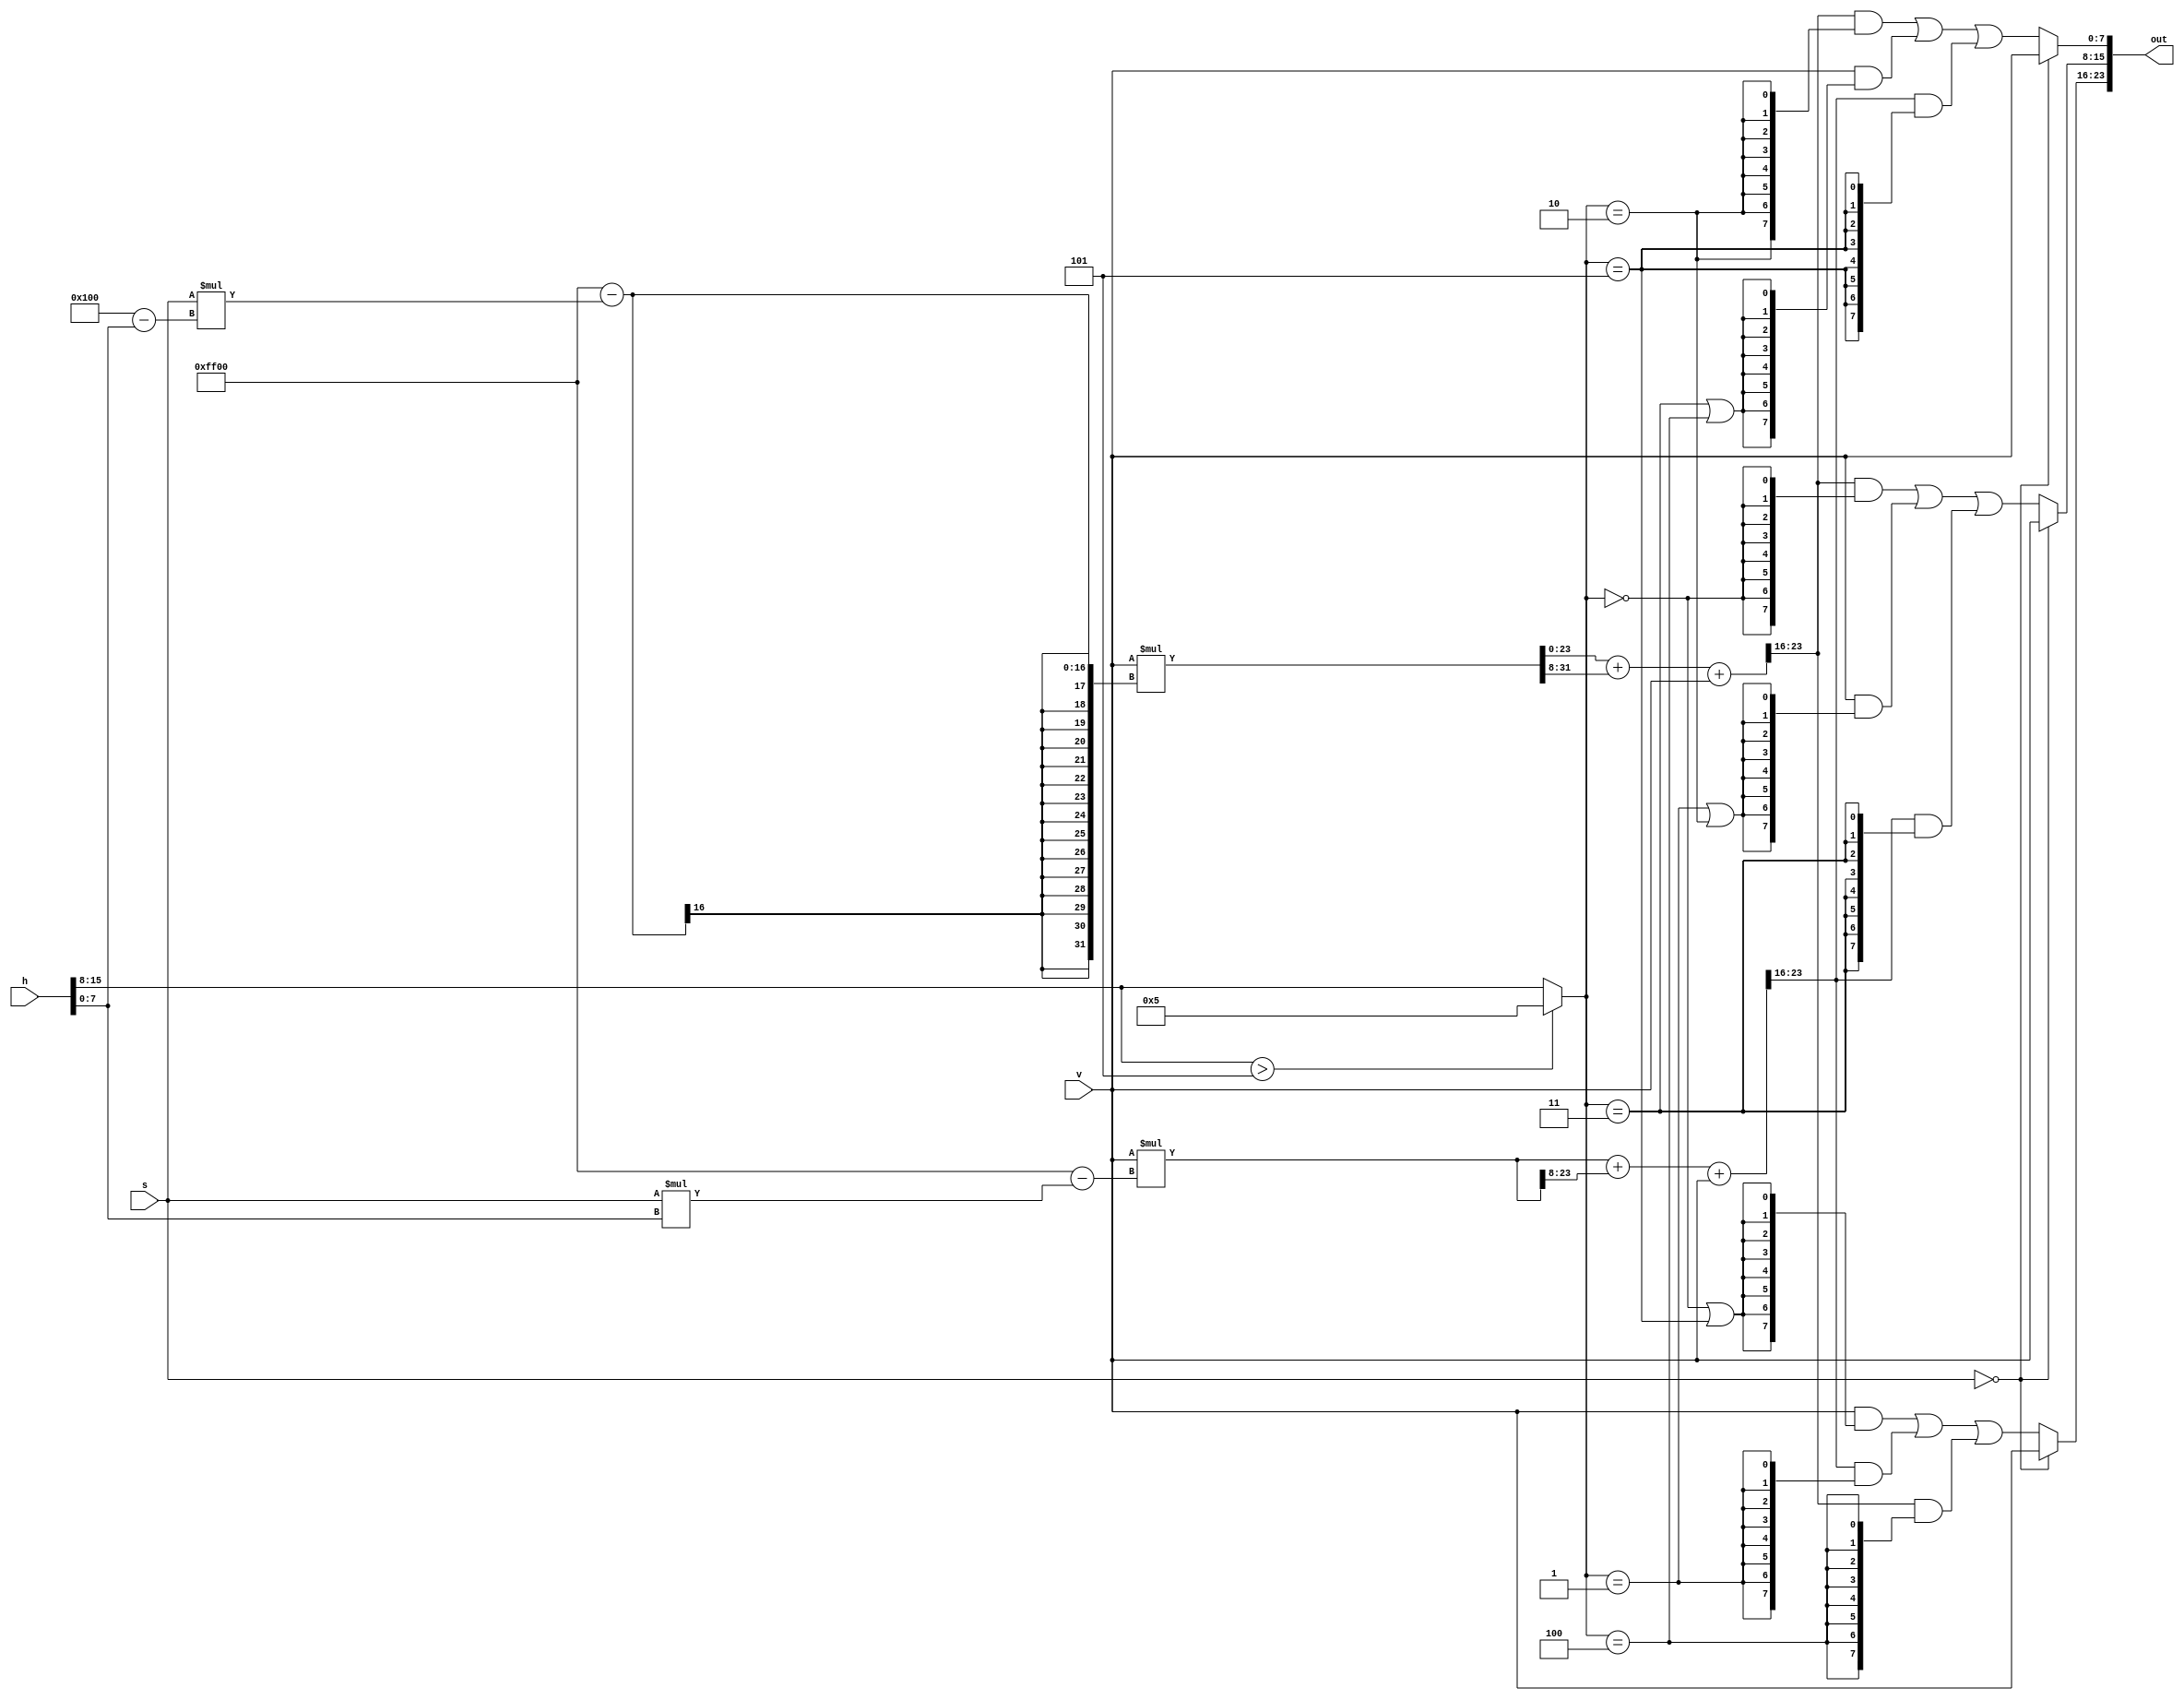
module __hsv2rgb__hsv2rgb(
  input wire [15:0] h,
  input wire [7:0] s,
  input wire [7:0] v,
  output wire [23:0] out
);
  // lint_off MULTIPLY
  function automatic [15:0] umul16b_8b_x_8b (input reg [7:0] lhs, input reg [7:0] rhs);
    begin
      umul16b_8b_x_8b = lhs * rhs;
    end
  endfunction
  // lint_on MULTIPLY
  // lint_off MULTIPLY
  function automatic [15:0] umul16b_8b_x_9b (input reg [7:0] lhs, input reg [8:0] rhs);
    begin
      umul16b_8b_x_9b = lhs * rhs;
    end
  endfunction
  // lint_on MULTIPLY
  // lint_off MULTIPLY
  function automatic [23:0] umul24b_8b_x_16b (input reg [7:0] lhs, input reg [15:0] rhs);
    begin
      umul24b_8b_x_16b = lhs * rhs;
    end
  endfunction
  // lint_on MULTIPLY
  // lint_off MULTIPLY
  function automatic [31:0] umul32b_8b_x_32b (input reg [7:0] lhs, input reg [31:0] rhs);
    begin
      umul32b_8b_x_32b = lhs * rhs;
    end
  endfunction
  // lint_on MULTIPLY
  wire [8:0] nh_fraction__1;
  wire [15:0] umul_502;
  wire [15:0] umul_504;
  wire [15:0] sub_505;
  wire [23:0] umul_508;
  wire [31:0] sub_509;
  wire [7:0] sextant__2;
  wire [31:0] u__1;
  wire [7:0] c__1;
  wire [7:0] sextant__3;
  wire [7:0] c__2;
  wire [24:0] add_526;
  wire eq_534;
  wire eq_535;
  wire [25:0] u__8;
  wire [31:0] u__2;
  wire eq_540;
  wire eq_541;
  wire eq_542;
  wire eq_543;
  wire [25:0] add_545;
  wire [31:0] u__3;
  wire [7:0] c__3;
  wire [2:0] concat_550;
  wire [7:0] d;
  wire [7:0] u__7;
  wire [2:0] concat_553;
  wire [2:0] concat_554;
  wire eq_555;
  assign nh_fraction__1 = 9'h100 - {1'h0, h[7:0]};
  assign umul_502 = umul16b_8b_x_8b(s, h[7:0]);
  assign umul_504 = umul16b_8b_x_9b(s, nh_fraction__1);
  assign sub_505 = 16'hff00 - umul_502;
  assign umul_508 = umul24b_8b_x_16b(v, sub_505);
  assign sub_509 = 32'h0000_ff00 - {16'h0000, umul_504};
  assign sextant__2 = h[15:8];
  assign u__1 = umul32b_8b_x_32b(v, sub_509);
  assign c__1 = 8'h00;
  assign sextant__3 = sextant__2 > 8'h05 ? 8'h05 : sextant__2;
  assign c__2 = 8'h00;
  assign add_526 = {1'h0, umul_508} + {9'h000, umul_508[23:8]};
  assign eq_534 = sextant__3 == c__2;
  assign eq_535 = sextant__3 == 8'h05;
  assign u__8 = {1'h0, add_526};
  assign u__2 = u__1 + {c__1, u__1[31:8]};
  assign eq_540 = sextant__3 == 8'h01;
  assign eq_541 = sextant__3 == 8'h02;
  assign eq_542 = sextant__3 == 8'h03;
  assign eq_543 = sextant__3 == 8'h04;
  assign add_545 = u__8 + {18'h0_0000, v};
  assign u__3 = u__2 + {24'h00_0000, v};
  assign c__3 = 8'h00;
  assign concat_550 = {eq_543, eq_540, eq_534 | eq_535};
  assign d = add_545[23:16];
  assign u__7 = u__3[23:16];
  assign concat_553 = {eq_542, eq_540 | eq_541, eq_534};
  assign concat_554 = {eq_535, eq_542 | eq_543, eq_541};
  assign eq_555 = s == c__3;
  assign out = {eq_555 ? v : v & {8{concat_550[0]}} | d & {8{concat_550[1]}} | u__7 & {8{concat_550[2]}}, eq_555 ? v : u__7 & {8{concat_553[0]}} | v & {8{concat_553[1]}} | d & {8{concat_553[2]}}, eq_555 ? v : u__7 & {8{concat_554[0]}} | v & {8{concat_554[1]}} | d & {8{concat_554[2]}}};
endmodule